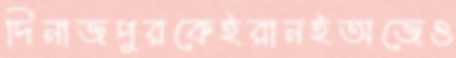
দিনাজপুরকেইরানইঅজেও